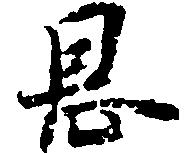
恩